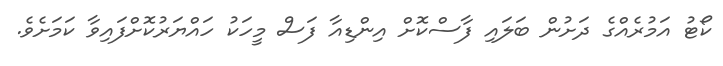
ކޯޓު އަމުރެއްގެ ދަށުން ބަލައި ފާސްކޮށް އިންޑިއާ ފަސް މީހަކު ހައްޔަރުކޮށްފައިވާ ކަމަށެވެ.